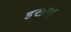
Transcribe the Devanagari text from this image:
इखठा